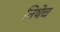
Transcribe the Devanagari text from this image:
निषेच